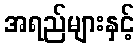
အရည်များနှင့်